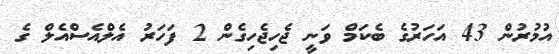
އުމުރުން 43 އަހަރުގެ ބެކަމް ވަނީ ޖެހިޖެހިގެން 2 ފަހަރު އެލްއެސްއެލް ގެ